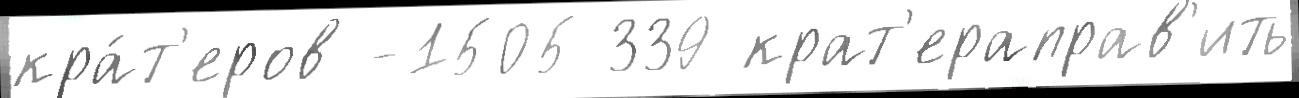
кра́т'еров -1505 339 крат'ераправ'ить